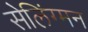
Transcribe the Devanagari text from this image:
सेलिंग्मन